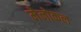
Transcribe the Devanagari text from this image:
मेनोकल